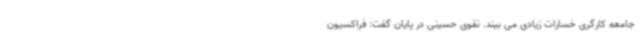
جامعه کارگری خسارات زیادی می بیند. نقوی حسینی در پایان گفت: فراکسیون